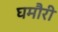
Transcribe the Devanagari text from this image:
घमौरी